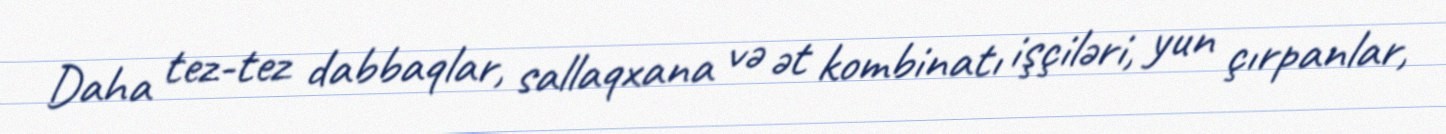
Daha tez-tez dabbaqlar, sallaqxana və ət kombinatı işçiləri, yun çırpanlar,